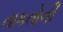
તાકતોની